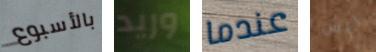
بالأسبوع وريد عندما ليس